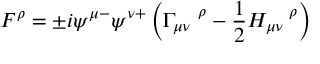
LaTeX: F ^ { \rho } = \pm i \psi ^ { \mu - } \psi ^ { \nu + } \left( \Gamma _ { \mu \nu } ^ { \quad \rho } - \frac { 1 } { 2 } H _ { \mu \nu } ^ { \quad \rho } \right)